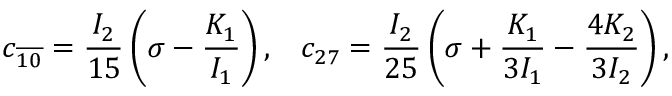
c _ { \overline { { { 1 0 } } } } = \frac { I _ { 2 } } { 1 5 } \left( \sigma - \frac { K _ { 1 } } { I _ { 1 } } \right) , \; \; \; c _ { 2 7 } = \frac { I _ { 2 } } { 2 5 } \left( \sigma + \frac { K _ { 1 } } { 3 I _ { 1 } } - \frac { 4 K _ { 2 } } { 3 I _ { 2 } } \right) ,